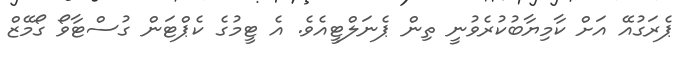
ޕެރަގުއޭ އަށް ކާމިޔާބުކުރެވުނީ ތިން ޕެނަލްޓީއެވެ. އެ ޓީމުގެ ކެޕްޓަން ގުސްޓާވޯ ގޯމޭޒް